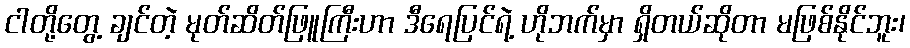
ငါတို့တွေ့ ချင်တဲ့ မုတ်ဆိတ်ဖြူကြီးဟာ ဒီရေပြင်ရဲ့ ဟိုဘက်မှာ ရှိတယ်ဆိုတာ မဖြစ်နိုင်ဘူး၊